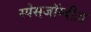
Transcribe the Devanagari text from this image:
स्पेसजॉम्बीज़